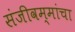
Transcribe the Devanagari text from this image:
संजीवम्मांचा